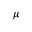
\mu